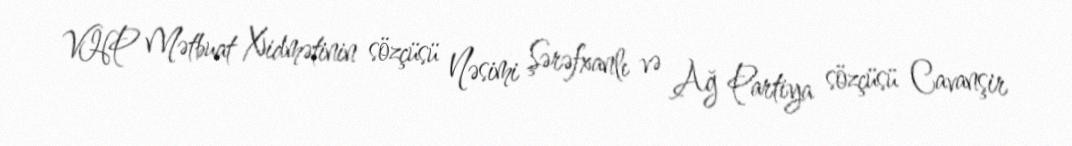
VHP Mətbuat Xidmətinin sözçüsü Nəsimi Şərəfxanlı və Ağ Partiya sözçüsü Cavanşir